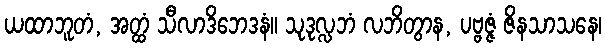
ယထာဘူတံ, အတ္ထံ သီလာဒိဘေဒနံ။ သုဒုလ္လဘံ လဘိတွာန, ပဗ္ဗဇ္ဇံ ဇိနသာသနေ၊